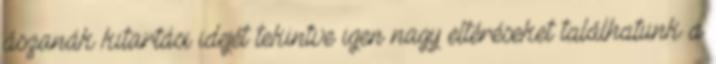
ászanák kitartási idejét tekintve igen nagy eltéréseket találhatunk a